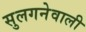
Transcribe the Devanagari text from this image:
सुलगनेवाली